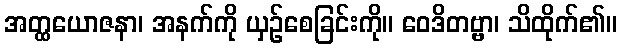
အတ္ထယောဇနာ၊ အနက်ကို ယှဉ်စေခြင်းကို။ ဝေဒိတဗ္ဗာ၊ သိထိုက်၏။